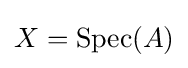
X=\mathrm {Spec} (A)